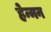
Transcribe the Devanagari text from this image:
हेन्मन